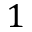
1